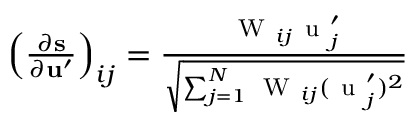
\begin{array} { r } { \left( \frac { \partial \mathbf { s } } { \partial \mathbf { u } ^ { \prime } } \right) _ { i j } = \frac { \mathrm { ~ W ~ } _ { i j } \mathrm { ~ u ~ } _ { j } ^ { \prime } } { \sqrt { \sum _ { j = 1 } ^ { N } \mathrm { ~ W ~ } _ { i j } ( \mathrm { ~ u ~ } _ { j } ^ { \prime } ) ^ { 2 } } } } \end{array}